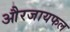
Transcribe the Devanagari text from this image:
औरजायफल